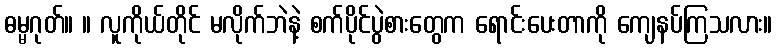
ဓမ္မဂုတ်။ ။ လူကိုယ်တိုင် မလိုက်ဘဲနဲ့ စက်ပိုင်ပွဲစားတွေက ရောင်းပေးတာကို ကျေနပ်ကြသလား။